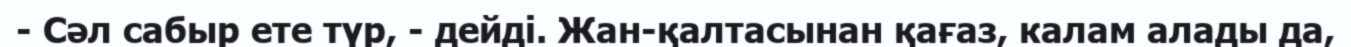
- Сәл сабыр ете түр, - дейді. Жан-қалтасынан қағаз, калам алады да,